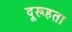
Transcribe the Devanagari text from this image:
दूरूहता